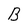
Character: B